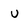
Character: u